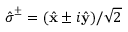
\hat { \boldsymbol { \sigma } } ^ { \pm } = ( \hat { \mathbf { x } } \pm i \hat { \mathbf { y } } ) / \sqrt { 2 }